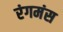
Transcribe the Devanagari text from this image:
रंगमंस